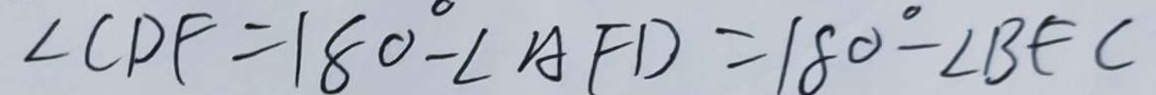
\angle C D F = 1 8 0 ^ { \circ } - \angle A F D = 1 8 0 ^ { \circ } - \angle B F C